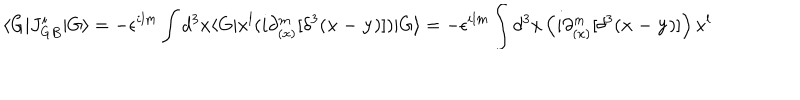
LaTeX: \langle G \vert J _ { G B } ^ { i } \vert G \rangle = - \epsilon ^ { i l m } \int d ^ { 3 } x \langle G \vert x ^ { l } ( i \partial _ { ( x ) } ^ { m } [ \delta ^ { 3 } ( { \bf x - y } ) ] ) \vert G \rangle = - \epsilon ^ { i l m } \int d ^ { 3 } x \left( i \partial _ { ( x ) } ^ { m } [ \delta ^ { 3 } ( { \bf x - y } ) ] \right) x ^ { l }